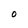
Character: O